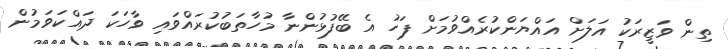
ތިން ވަޒީރަކު އަލަށް އައްޔަންކުރެއްވުމަށް ފަހު އެ ބޭފުޅުންނާ މުހާތަބުކުރައްވައި ވާހަކަ ދައްކަވަމުން